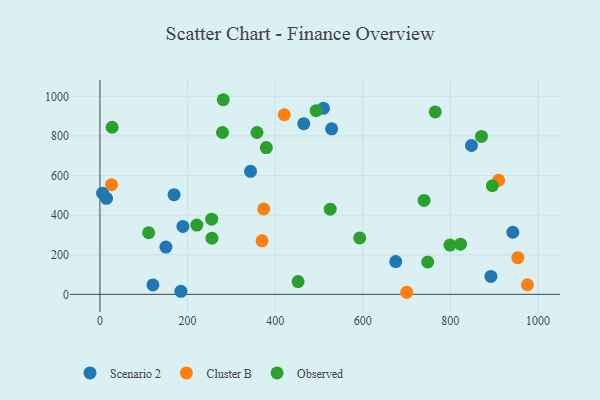
{"axis": {"x": "Speed", "y": "Profit"}, "legend": ["Cluster B", "Observed", "Scenario 2"], "data": [{"x": "465.3", "y": 861.6, "type": "Scenario 2"}, {"x": "184.7", "y": 15.0, "type": "Scenario 2"}, {"x": "121.0", "y": 47.7, "type": "Scenario 2"}, {"x": "6.1", "y": 510.6, "type": "Scenario 2"}, {"x": "169.2", "y": 503.3, "type": "Scenario 2"}, {"x": "343.8", "y": 621.0, "type": "Scenario 2"}, {"x": "848.2", "y": 751.6, "type": "Scenario 2"}, {"x": "15.0", "y": 484.7, "type": "Scenario 2"}, {"x": "189.4", "y": 343.0, "type": "Scenario 2"}, {"x": "675.2", "y": 165.6, "type": "Scenario 2"}, {"x": "528.9", "y": 836.0, "type": "Scenario 2"}, {"x": "942.6", "y": 313.5, "type": "Scenario 2"}, {"x": "150.6", "y": 238.8, "type": "Scenario 2"}, {"x": "892.5", "y": 90.2, "type": "Scenario 2"}, {"x": "510.2", "y": 939.5, "type": "Scenario 2"}, {"x": "26.3", "y": 553.9, "type": "Cluster B"}, {"x": "910.2", "y": 575.6, "type": "Cluster B"}, {"x": "975.8", "y": 48.3, "type": "Cluster B"}, {"x": "953.9", "y": 185.2, "type": "Cluster B"}, {"x": "373.8", "y": 431.4, "type": "Cluster B"}, {"x": "700.4", "y": 10.4, "type": "Cluster B"}, {"x": "370.1", "y": 270.1, "type": "Cluster B"}, {"x": "420.8", "y": 906.8, "type": "Cluster B"}, {"x": "593.0", "y": 284.6, "type": "Observed"}, {"x": "740.0", "y": 474.2, "type": "Observed"}, {"x": "765.4", "y": 921.0, "type": "Observed"}, {"x": "358.5", "y": 817.3, "type": "Observed"}, {"x": "221.1", "y": 349.8, "type": "Observed"}, {"x": "748.2", "y": 163.4, "type": "Observed"}, {"x": "279.7", "y": 817.1, "type": "Observed"}, {"x": "823.1", "y": 253.3, "type": "Observed"}, {"x": "799.0", "y": 248.7, "type": "Observed"}, {"x": "281.5", "y": 982.7, "type": "Observed"}, {"x": "27.8", "y": 843.8, "type": "Observed"}, {"x": "379.8", "y": 741.2, "type": "Observed"}, {"x": "255.6", "y": 283.7, "type": "Observed"}, {"x": "871.0", "y": 797.5, "type": "Observed"}, {"x": "525.7", "y": 429.9, "type": "Observed"}, {"x": "895.8", "y": 548.3, "type": "Observed"}, {"x": "452.3", "y": 64.4, "type": "Observed"}, {"x": "255.0", "y": 379.4, "type": "Observed"}, {"x": "493.6", "y": 927.4, "type": "Observed"}, {"x": "111.2", "y": 311.0, "type": "Observed"}]}